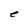
Character: e